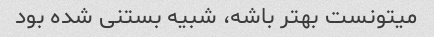
میتونست بهتر باشه، شبیه بستنی شده بود